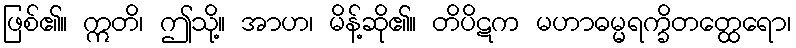
ဖြစ်၏။ ဣတိ၊ ဤသို့။ အာဟ၊ မိန့်ဆို၏။ တိပိဋက မဟာဓမ္မရက္ခိတတ္ထေရော၊